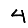
Digit: 4